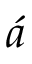
\acute { a }